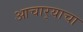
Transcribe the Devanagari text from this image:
आचार्‍याचा